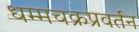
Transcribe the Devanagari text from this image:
धम्मचक्रप्रवर्तन